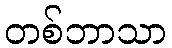
တစ်ဘာသာ